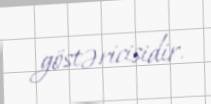
göstəricisidir.